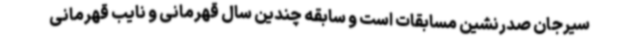
سیرجان صدرنشین مسابقات است و سابقه چندین سال قهرمانی و نایب قهرمانی